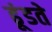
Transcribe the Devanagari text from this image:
ढूंडते